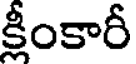
క్షీంకారీ